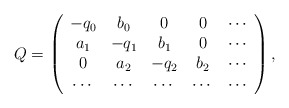
\begin{align*}Q=\left(\begin{array}{ccccc}-q_0 & b_0 & 0 & 0 &\cdots \\a_1 & -q_1 & b_1 & 0 & \cdots \\0 & a_2 & -q_2 & b_2 & \cdots \\\cdots & \cdots &\cdots &\cdots &\cdots \end{array} \right),\end{align*}